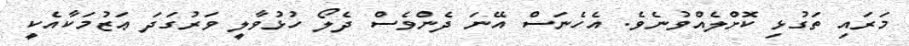
މަރައި ތަގުޅި ކޮށްލެއްވުނެވެ. އެހެނަސް އޭނަ ދެންވެސް ދެލޯ ހުޅުވާލީ ވަރުގަދަ ޢަޒުމަކާއެކީ